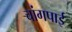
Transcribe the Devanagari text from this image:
चांगपाई